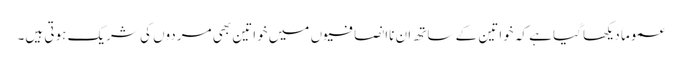
عموماَ دیکھا گیا ہے کہ خواتین کے ساتھ ان ناانصافیوں میں خواتین بھی مردوں کی شریک ہوتی ہیں۔